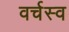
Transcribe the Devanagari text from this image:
वर्चस्‍व